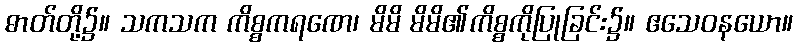
ဓာတ်တို့၌။ သကသက ကိစ္စကရဏေ၊ မိမိ မိမိ၏ကိစ္စကိုပြုခြင်း၌။ ဧသေဝနယော။